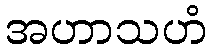
အဟာသဟံ